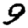
Digit: 9